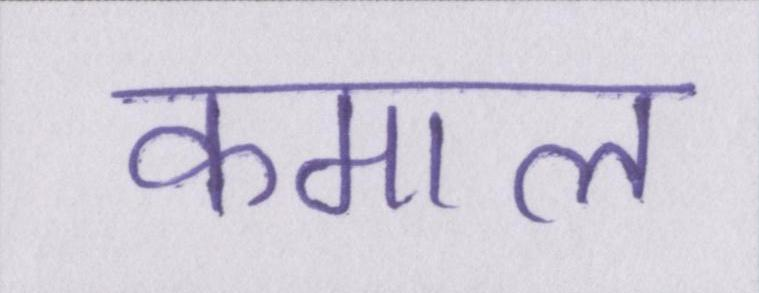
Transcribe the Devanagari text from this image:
कमाल